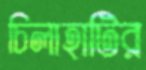
চিলাহাটির